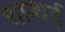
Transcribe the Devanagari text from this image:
थान्थई